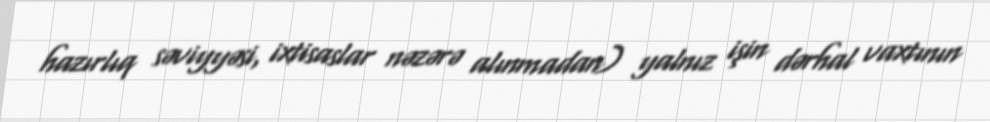
hazırlıq səviyyəsi, ixtisaslar nəzərə alınmadan) yalnız işin dərhal vaxtının